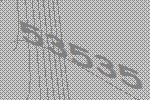
53535